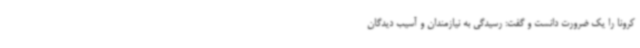
کرونا را یک ضرورت دانست و گفت: رسیدگی به نیازمندان و آسیب دیدگان